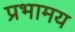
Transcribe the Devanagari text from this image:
प्रभामय